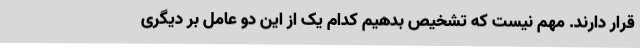
قرار دارند. مهم نیست که تشخیص بدهیم کدام یک از این دو عامل بر دیگری